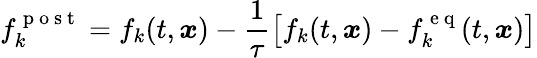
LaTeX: f_{k}^{\mathrm{~p~o~s~t~}}=f_{k}(t,\boldsymbol{x})-\frac{1}{\tau}\left[f_{k}(t,\boldsymbol{x})-f_{k}^{\mathrm{~e~q~}}(t,\boldsymbol{x})\right]